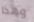
وهذا